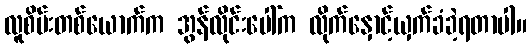
လူစိမ်းတစ်ယောက်က အွန်လိုင်းပေါ်က လိုက်နှောင့်ယှက်ခံခဲ့ရတာပါ။